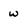
Character: w